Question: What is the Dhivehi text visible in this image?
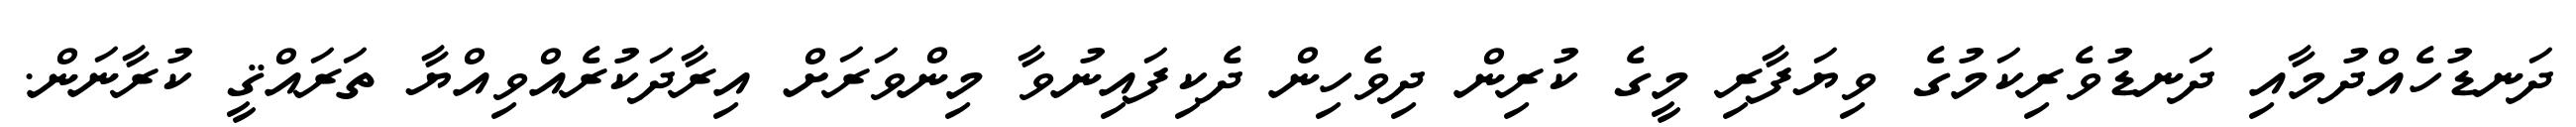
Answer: ދަނޑުހެއްދުމާއި ދަނޑުވެރިކަމުގެ ވިޔަފާރި މީގެ ކުރިން ދިވެހިން ދެކިފައިނުވާ މިންވަރަށް އިރާދަކުރެއްވިއްޔާ ތަރައްޤީ ކުރާނަން.